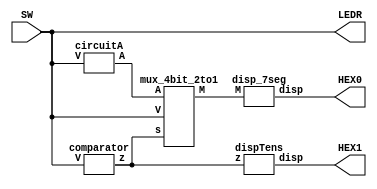
module part2(SW, LEDR, HEX0, HEX1);
	// Assigning inputs and outputs
	input [3:0] SW;
	output [3:0] LEDR;
	output [0:6] HEX0;
	output [0:6] HEX1;
	
	// Adding pretty lights
	assign LEDR[3:0] = SW[3:0];
	
	// Wires
	wire z;
	wire [3:0] M0, A, V;
	
	assign V = SW[3:0];
	
	// Throwing everything together
	comparator C0 (V, z);
	circuitA A0 (V, A);
	mux_4bit_2to1 U0 (z, V, A, M0);
	disp_7seg H0 (M0, HEX0);
	dispTens H1 (z, HEX1);
endmodule

module comparator(V, z);
	// Assigning inputs and outputs
	input [3:0] V;
	output z;
	
	// Logic
	assign z = (V[3] & V[2]) | (V[3] & V[1]);
endmodule

module mux_4bit_2to1(s, V, A, M);
	// Assigning inputs and outputs
	input s;
	input [3:0] V, A;
	output [3:0] M;
	
	// Logic
	assign M = s ? A : V;
endmodule

module circuitA(V, A);
	// Assigning inputs and outputs
	input [3:0] V;
	output [3:0] A;
	
	// Logic
	assign A[3] = 1'b0;
	assign A[2] = V[3] & V[2] & V[1];
	assign A[1] = V[3] & V[2] & ~V[1];
	assign A[0] = (V[0] & V[3]) & (V[2] | V[1]);
endmodule

module disp_7seg(M, disp);
	// Assigning inputs and outputs
	input [3:0] M;
	output [0:6] disp;
	
	wire s0, s1, s2, s3;
	
	// Assigning wires for inputs and outputs
	assign s0 = M[0];
	assign s1 = M[1];
	assign s2 = M[2];
	assign s3 = M[3];
	
	// Logic
	assign disp[0] = (s0 & ~s1 & ~s2 & ~s3) | (~s0 & ~s1 & s2 & ~s3);
	assign disp[1] = s2 & (s0 ^ s1);
	assign disp[2] = ~s0 & s1 & ~s2 & ~s3;
	assign disp[3] = ~s3 & ((s0 & ~s1 & ~s2) | (~s0 & ~s1 & s2) | (s0 & s1 & s2));
	assign disp[4] = (s0 & ~s3) | (~s1 & s2 & ~s3) | (s0 & ~s1 & ~s2);
	assign disp[5] = ~s3 & ((s0 & ~s2) | (s0 & s1) | (s1 & ~s2));
	assign disp[6] = ~s3 & ((~s1 & ~s2) | (s0 & s1 & s2));
endmodule

module dispTens(z, disp);
	// Assigning inputs and outputs
	input z;
	output [0:6] disp;
	
	// Logic
	assign disp[0] = z;
	assign disp[1] = 1'b0;
	assign disp[2] = 1'b0;
	assign disp[3] = z;
	assign disp[4] = z;
	assign disp[5] = z;
	assign disp[6] = 1'b1;
endmodule